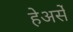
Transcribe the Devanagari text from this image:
हेअर्से